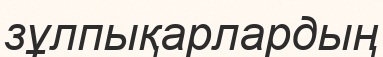
зұлпықарлардың